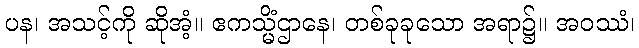
ပန၊ အသင့်ကို ဆိုအံ့။ ဧကသ္မိံဌာနေ၊ တစ်ခုခုသော အရာ၌။ အဝဿံ၊